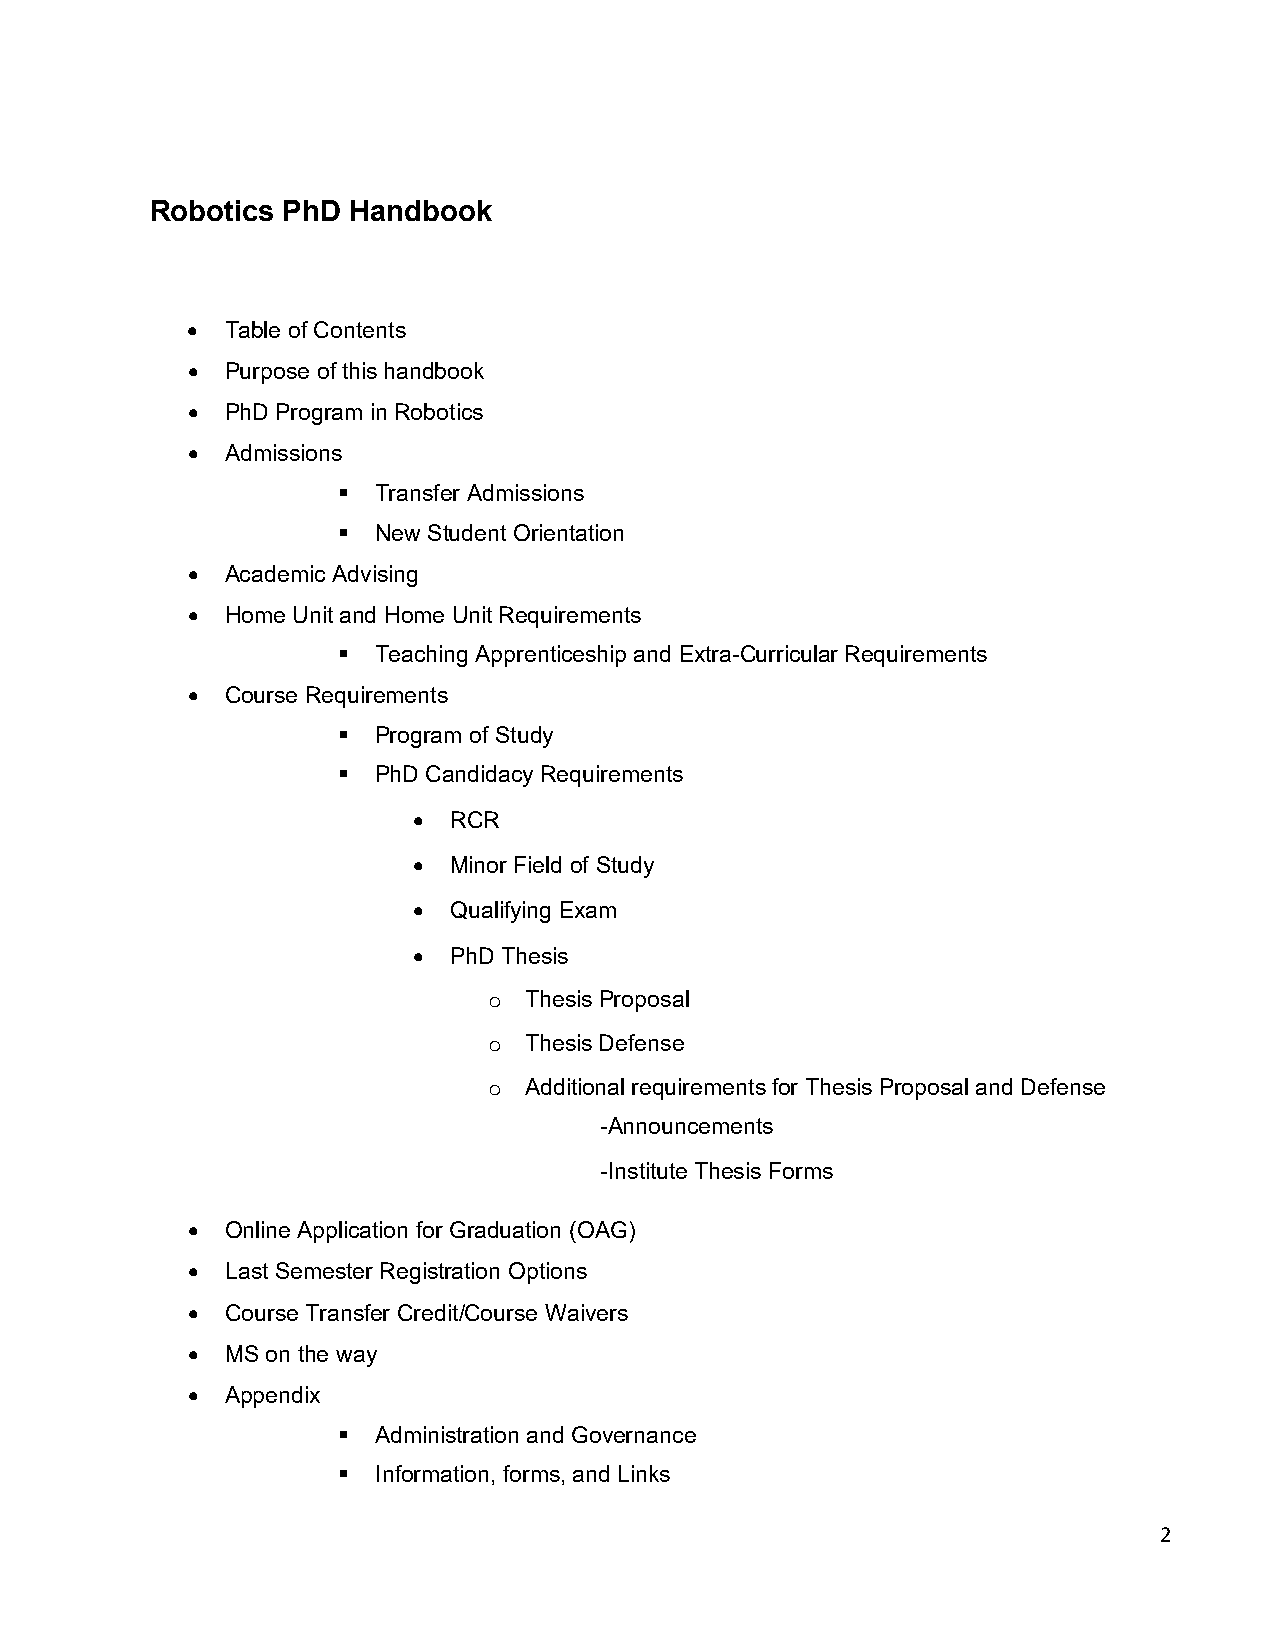
Robotics PhD Handbook
 •  Table of Contents
 •  Purpose of this handbook
 •  PhD Program in Robotics
 •  Admissions
   Transfer Admissions
   New Student Orientation
 •  Academic Advising
 •  Home Unit and Home Unit Requirements
   Teaching Apprenticeship and Extra-Curricular Requirements
 •  Course Requirements
   Program of Study
   PhD Candidacy Requirements
 •  RCR
 •  Minor Field of Study
 •  Qualifying Exam
 •  PhD Thesis
 Thesis Proposal
 o
 Thesis Defense
 o
 Additional requirements for Thesis Proposal and Defense
 o
 -Announcements
 -Institute Thesis Forms
 •  Online Application for Graduation (OAG)
 •  Last Semester Registration Options
 •  Course Transfer Credit/Course Waivers
 •  MS on the way
 •  Appendix
   Administration and Governance
   Information, forms, and Links
 2